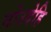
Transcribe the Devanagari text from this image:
नोउदेहि